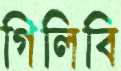
গিলিবি